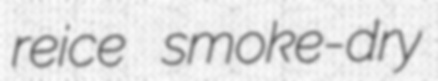
reice smoke-dry